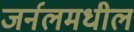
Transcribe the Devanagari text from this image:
जर्नलमधील